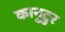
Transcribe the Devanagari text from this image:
कानुटुर